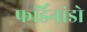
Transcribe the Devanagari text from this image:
फर्डिनांडो